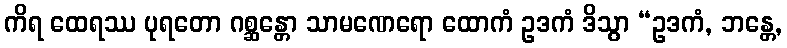
ကိရ ထေရဿ ပုရတော ဂစ္ဆန္တော သာမဏေရော ထောကံ ဥဒကံ ဒိသွာ “ဥဒကံ, ဘန္တေ,